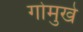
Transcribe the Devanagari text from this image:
गोमुखे